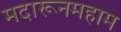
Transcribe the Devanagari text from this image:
मदारूनमहाम